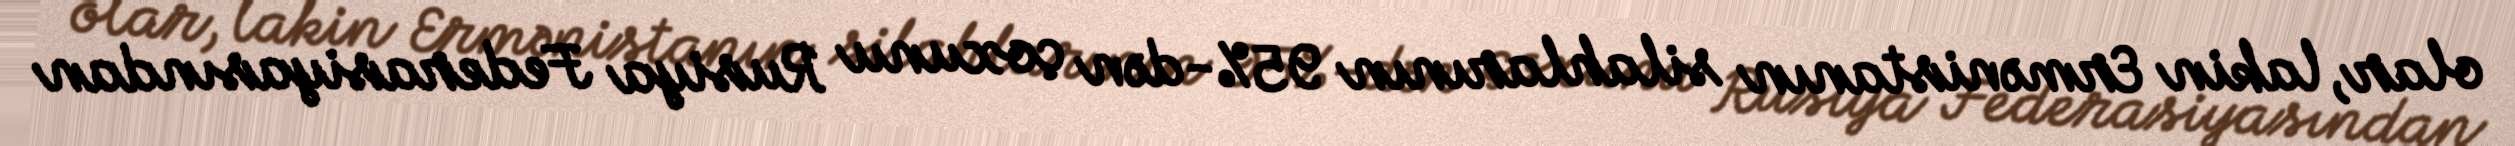
olar, lakin Ermənistanın silahlarının 95%-dən çoxunu Rusiya Federasiyasından